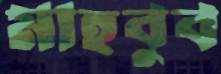
মাহবুব